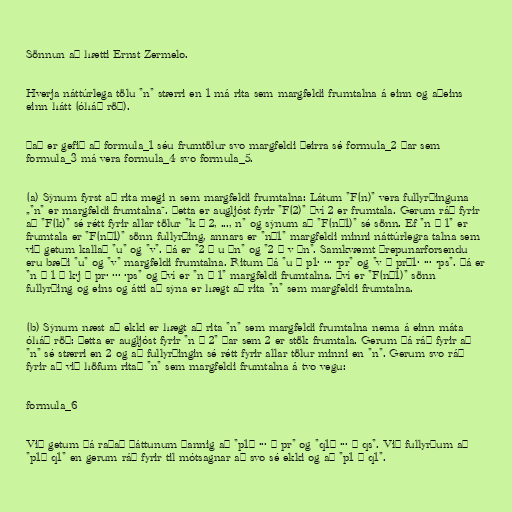
Sönnun að hætti Ernst Zermelo.

Hverja náttúrlega tölu "n" stærri en 1 má rita sem margfeldi frumtalna á einn og aðeins
einn hátt (óháð röð).

Það er gefið að formula_1 séu frumtölur svo margfeldi þeirra sé formula_2 þar sem
formula_3 má vera formula_4 svo formula_5.

(a) Sýnum fyrst að rita megi n sem margfeldi frumtalna: Látum "F(n)" vera fullyrðinguna
„"n" er margfeldi frumtalna“. Þetta er augljóst fyrir "F(2)" því 2 er frumtala. Gerum ráð fyrir
að "F(k)" sé rétt fyrir allar tölur "k = 2, ..., n" og sýnum að "F(n+1)" sé sönn. Ef "n + 1" er
frumtala er "F(n+1)" sönn fullyrðing, annars er "n+1" margfeldi minni náttúrlegra talna sem
við getum kallað "u" og "v". Þá er "2 ≤ u ≤n" og "2 ≤ v ≤n". Samkvæmt þrepunarforsendu
eru bæði "u" og "v" margfeldi frumtalna. Ritum þá "u = p1· ··· ·pr" og "v = pr+1· ··· ·ps". Þá er
"n + 1 = k·j = pr· ··· ·ps" og því er "n + 1" margfeldi frumtalna. Því er "F(n+1)" sönn
fullyrðing og eins og átti að sýna er hægt að rita "n" sem margfeldi frumtalna.

(b) Sýnum næst að ekki er hægt að rita "n" sem margfeldi frumtalna nema á einn máta
óháð röð: Þetta er augljóst fyrir "n = 2" þar sem 2 er stök frumtala. Gerum þá ráð fyrir að
"n" sé stærri en 2 og að fullyrðingin sé rétt fyrir allar tölur minni en "n". Gerum svo ráð
fyrir að við höfum ritað "n" sem margfeldi frumtalna á tvo vegu:

formula_6

Við getum þá raðað þáttunum þannig að "p1≤ ··· ≤ pr" og "q1≤ ··· ≤ qs". Við fullyrðum að
"p1= q1" en gerum ráð fyrir til mótsagnar að svo sé ekki og að "p1 ≤ q1".